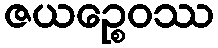
ဇယဉ္စေဝဿ